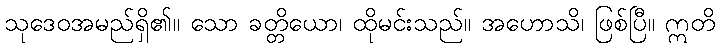
သုဒေဝအမည်ရှိ၏။ သော ခတ္တိယော၊ ထိုမင်းသည်။ အဟောသိ၊ ဖြစ်ပြီ။ ဣတိ